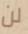
لن